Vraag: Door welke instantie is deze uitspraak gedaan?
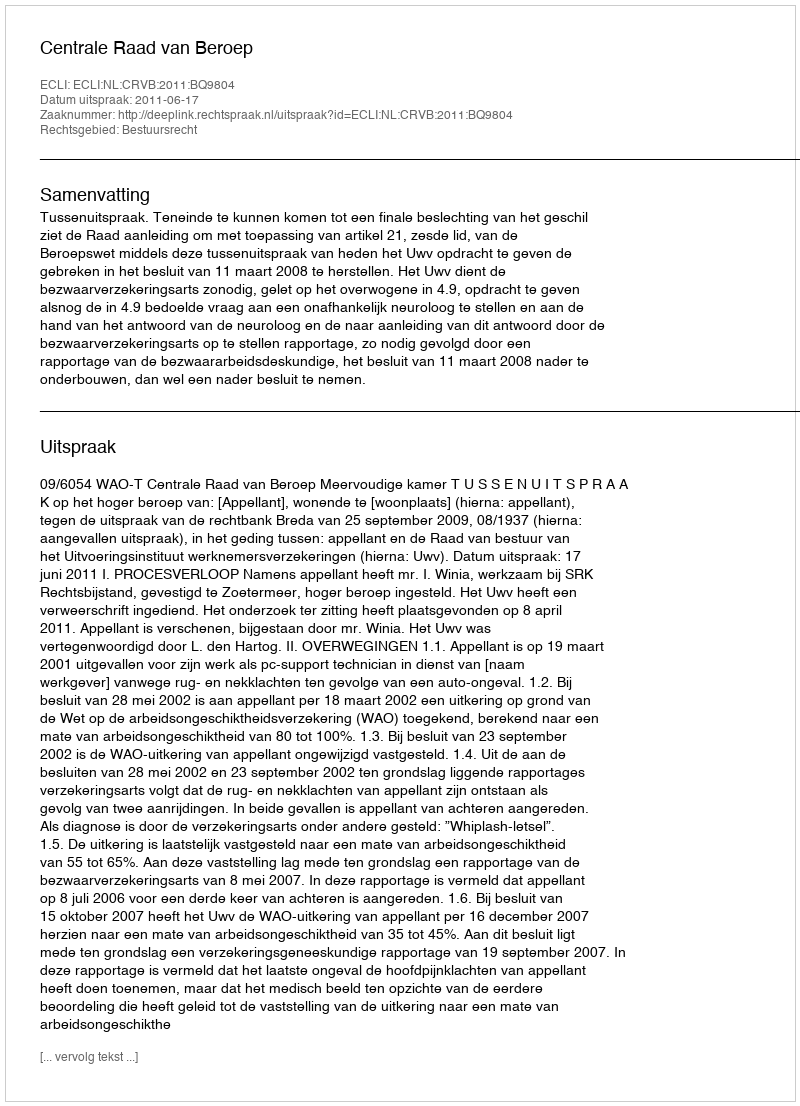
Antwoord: Centrale Raad van Beroep